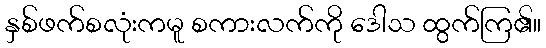
နှစ်ဖက်စလုံးကမူ စကားလက်ကို ဒေါသ ထွက်ကြ၏။